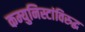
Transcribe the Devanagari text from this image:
कम्युनिस्टांविरुद्ध